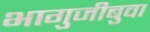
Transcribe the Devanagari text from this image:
भागुजीबुवा